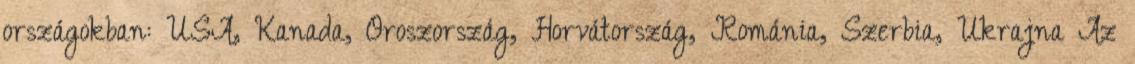
országokban: USA, Kanada, Oroszország, Horvátország, Románia, Szerbia, Ukrajna Az